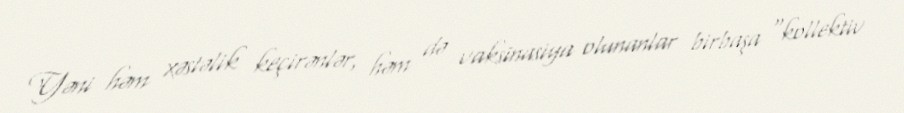
Yəni həm xəstəlik keçirənlər, həm də vaksinasiya olunanlar birbaşa “kollektiv